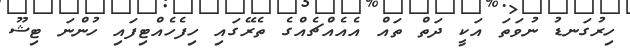
ހިރުގަނޑު ނުވަތަ އަކީ ދަތް ތައް އެއެއްޗެއްގެ ތެރޭގައި ހިފެހެއްޓިފައި ހުންނަ ޓިޝޫ